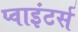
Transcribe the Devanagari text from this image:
प्वाइंटर्स